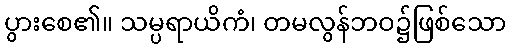
ပွားစေ၏။ သမ္ပရာယိကံ၊ တမလွန်ဘဝ၌ဖြစ်သော